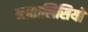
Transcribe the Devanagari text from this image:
नातालिसियो